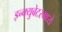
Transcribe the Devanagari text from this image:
इन्क्युबेटरमध्ये